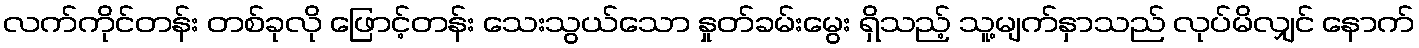
လက်ကိုင်တန်း တစ်ခုလို ဖြောင့်တန်း သေးသွယ်သော နှုတ်ခမ်းမွေး ရှိသည့် သူ့မျက်နှာသည် လုပ်မိလျှင် နောက်